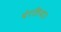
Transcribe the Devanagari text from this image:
घेरलिया।